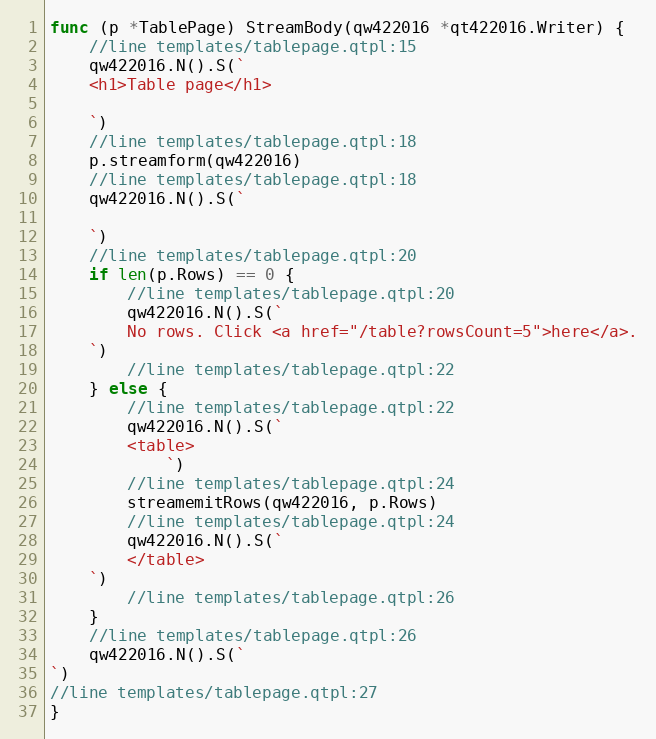
Language: Go
func (p *TablePage) StreamBody(qw422016 *qt422016.Writer) {
	//line templates/tablepage.qtpl:15
	qw422016.N().S(`
	<h1>Table page</h1>

	`)
	//line templates/tablepage.qtpl:18
	p.streamform(qw422016)
	//line templates/tablepage.qtpl:18
	qw422016.N().S(`

	`)
	//line templates/tablepage.qtpl:20
	if len(p.Rows) == 0 {
		//line templates/tablepage.qtpl:20
		qw422016.N().S(`
		No rows. Click <a href="/table?rowsCount=5">here</a>.
	`)
		//line templates/tablepage.qtpl:22
	} else {
		//line templates/tablepage.qtpl:22
		qw422016.N().S(`
		<table>
			`)
		//line templates/tablepage.qtpl:24
		streamemitRows(qw422016, p.Rows)
		//line templates/tablepage.qtpl:24
		qw422016.N().S(`
		</table>
	`)
		//line templates/tablepage.qtpl:26
	}
	//line templates/tablepage.qtpl:26
	qw422016.N().S(`
`)
//line templates/tablepage.qtpl:27
}